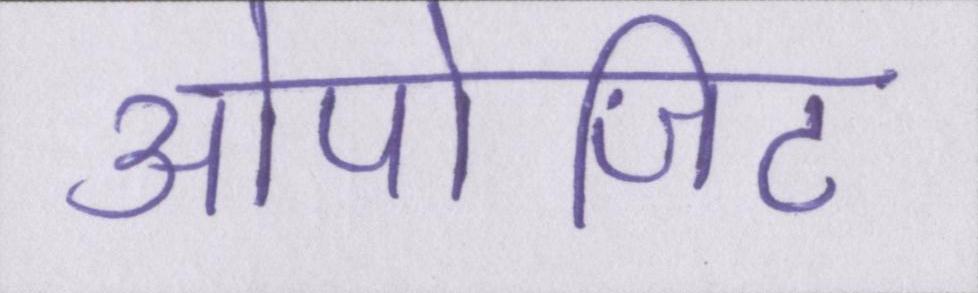
ओपोजिट